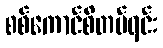
စစ်ကောင်စီတပ်ရင်း